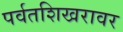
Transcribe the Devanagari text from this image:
पर्वतशिखरावर